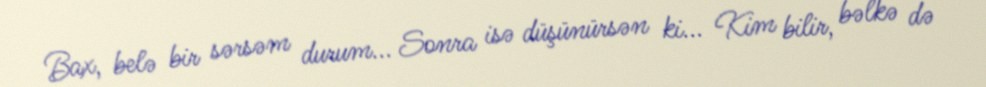
Bax, belə bir sərsəm durum... Sonra isə düşünürsən ki... Kim bilir, bəlkə də